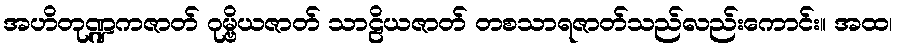
အဟိတုဏ္ဍကဇာတ် ဂုမ္ဗိယဇာတ် သာဠိယဇာတ် တစသာရဇာတ်သည်လည်းကောင်း။ အထ၊